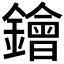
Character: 𨭗